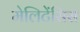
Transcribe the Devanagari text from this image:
मेलिटेंसिस